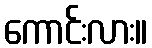
ကောင်းလား။